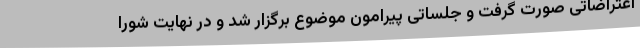
اعتراضاتی صورت گرفت و جلساتی پیرامون موضوع برگزار شد و در نهایت شورا